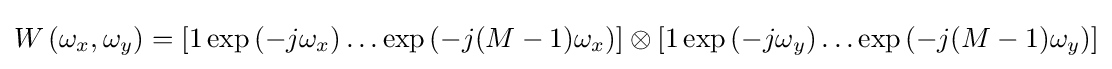
W\left(\omega _{x},\omega _{y}\right)=\left[1\exp \left(-j\omega _{x}\right)\ldots \exp \left(-j(M-1)\omega _{x}\right)\right]\otimes \left[1\exp \left(-j\omega _{y}\right)\ldots \exp \left(-j(M-1)\omega _{y}\right)\right]